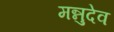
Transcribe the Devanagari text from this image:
मन्नुदेव